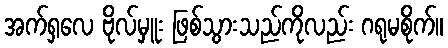
အက်ရှလေ ဗိုလ်မှူး ဖြစ်သွားသည်ကိုလည်း ဂရုမစိုက်။